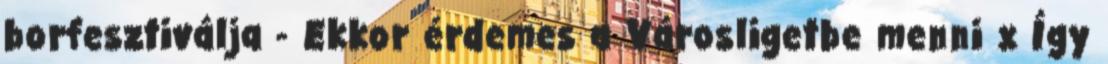
borfesztiválja - Ekkor érdemes a Városligetbe menni x Így